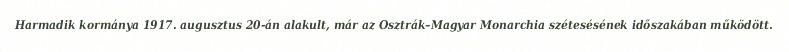
Harmadik kormánya 1917. augusztus 20-án alakult, már az Osztrák–Magyar Monarchia szétesésének időszakában működött.